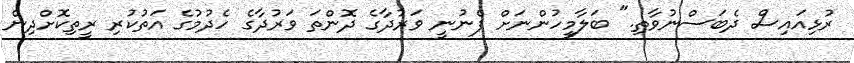
ރުޅިއައިސް ދެބަސްނުވާތި." ބަލާމީހުންނަށް ފެނުނީ ވަރުދާގެ ދޮންތަ ވަރުދާގެ ހެދުމުގެ އަތުކުރި ރީތިކޮށްދިން